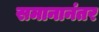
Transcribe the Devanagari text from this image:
समानानंतर